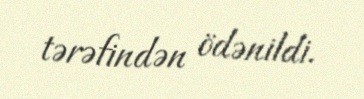
tərəfindən ödənildi.